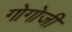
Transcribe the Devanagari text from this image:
गोगोजी